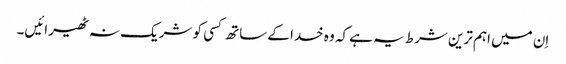
اِن میں اہم ترین شرط یہ ہے کہ وہ خدا کے ساتھ کسی کو شریک نہ ٹھیرائیں۔